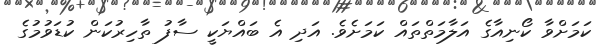
ކަމަށްވާ ކޯނިއާގެ އަލާމަތްތައް ކަމަށެވެ. އަދި އެ ބައްޔަކީ ސާފު ތާހިރުކަން ކުޑަވުމުގެ